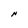
Character: N